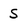
Character: S